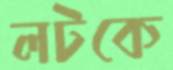
লটকে